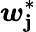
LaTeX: \boldsymbol{w}_{\mathbf{j}}^{*}